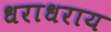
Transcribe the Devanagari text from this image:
धराधराय